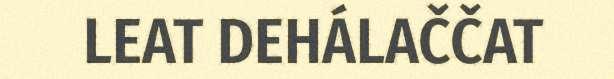
LEAT DEHÁLAČČAT